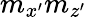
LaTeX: m_{x^{\prime}}m_{z^{\prime}}